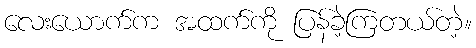
လေးယောက်က အထက်ကို ပြန်ခဲ့ကြတယ်တဲ့။